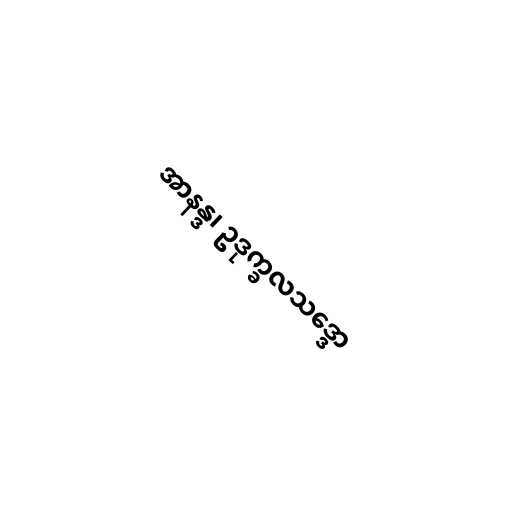
အာနန္ဒ၊ ဥဒုက္ခလသဒ္ဒော